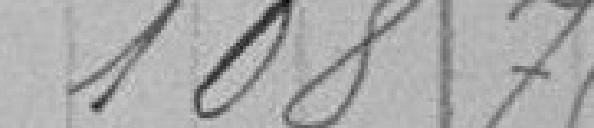
108,75